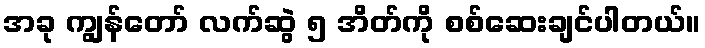
အခု ကျွန်တော် လက်ဆွဲ ၅ အိတ်ကို စစ်ဆေးချင်ပါတယ်။